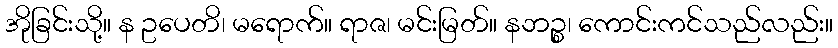
အိုခြင်းသို့။ န ဥပေတိ၊ မရောက်။ ရာဇ၊ မင်းမြတ်။ နဘဉ္စ၊ ကောင်းကင်သည်လည်း။